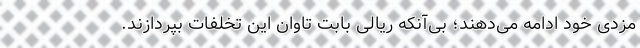
مزدی خود ادامه می‌دهند؛ بی‌آنکه ریالی بابت تاوان این تخلفات بپردازند.